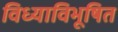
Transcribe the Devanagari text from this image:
विध्याविभूषित